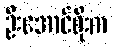
ဦးအောင်စိုးက